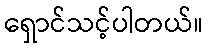
ရှောင်သင့်ပါတယ်။